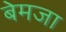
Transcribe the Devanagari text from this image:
बेमजा